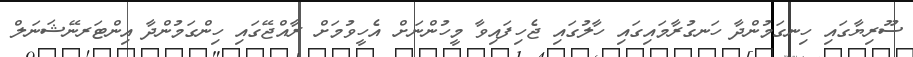
ސޫރިޔާގައި ހިނގަމުންދާ ހަނގުރާމައިގައި ހާލުގައި ޖެހިފައިވާ މީހުންނަށް އެހީވުމަށް ރާއްޖޭގައި ހިންގަމުންދާ އިންޓަރނޭޝަނަލް